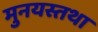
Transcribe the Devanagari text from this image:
मुनयस्तथा